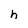
Character: h